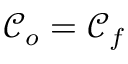
\mathcal { C } _ { o } = \mathcal { C } _ { f }